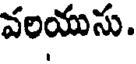
వలయుసు.